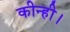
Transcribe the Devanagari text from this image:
कीन्ही।